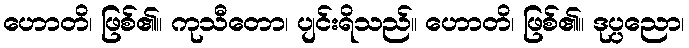
ဟောတိ၊ ဖြစ်၏။ ကုသီတော၊ ပျင်းရိသည်။ ဟောတိ၊ ဖြစ်၏။ ဒုပ္ပညော၊